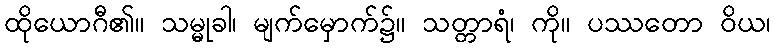
ထိုယောဂီ၏။ သမ္မုခါ၊ မျက်မှောက်၌။ သတ္တာရံ၊ ကို။ ပဿတော ဝိယ၊